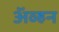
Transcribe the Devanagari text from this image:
अॅव्हन